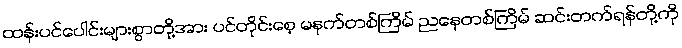
ထန်းပင်ပေါင်းများစွာတို့အား ပင်တိုင်းစေ့ မနက်တစ်ကြိမ် ညနေတစ်ကြိမ် ဆင်းတက်ရန်တို့ကို